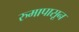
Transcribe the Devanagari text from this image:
रुमापासून